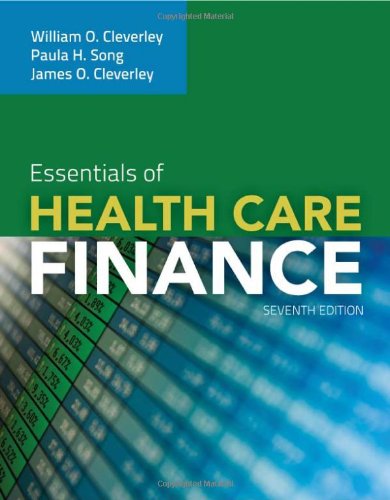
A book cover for Essentials Of Health Care Finance; William O. Cleverley; Medical Books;